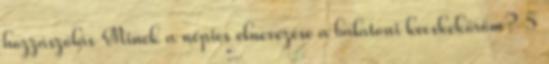
hozzászólás Minek a népies elnevezése a balatoni kecskeköröm? 5